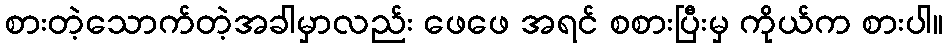
စားတဲ့သောက်တဲ့အခါမှာလည်း ဖေဖေ အရင် စစားပြီးမှ ကိုယ်က စားပါ။